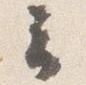
云